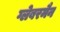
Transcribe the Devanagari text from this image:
ग्लेबरमैन